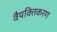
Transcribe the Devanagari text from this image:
वैयक्तिकरण